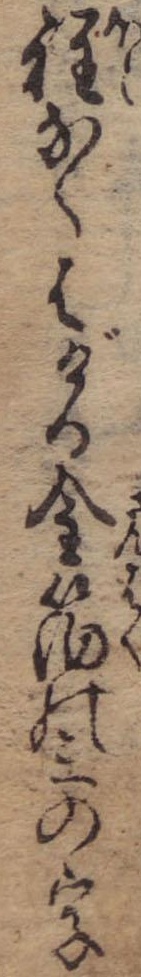
程なくはげる金箔の三の字